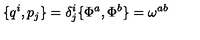
\{ q ^ { i } , p _ { j } \} = \delta _ { j } ^ { i } \{ \Phi ^ { a } , \Phi ^ { b } \} = \omega ^ { a b }